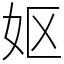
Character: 妪